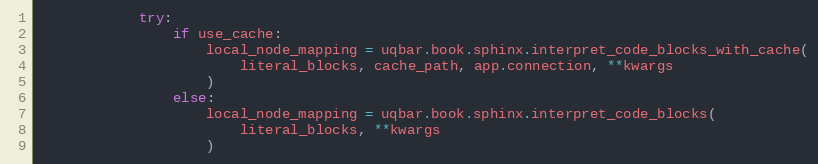
Language: Python
            try:
                if use_cache:
                    local_node_mapping = uqbar.book.sphinx.interpret_code_blocks_with_cache(
                        literal_blocks, cache_path, app.connection, **kwargs
                    )
                else:
                    local_node_mapping = uqbar.book.sphinx.interpret_code_blocks(
                        literal_blocks, **kwargs
                    )